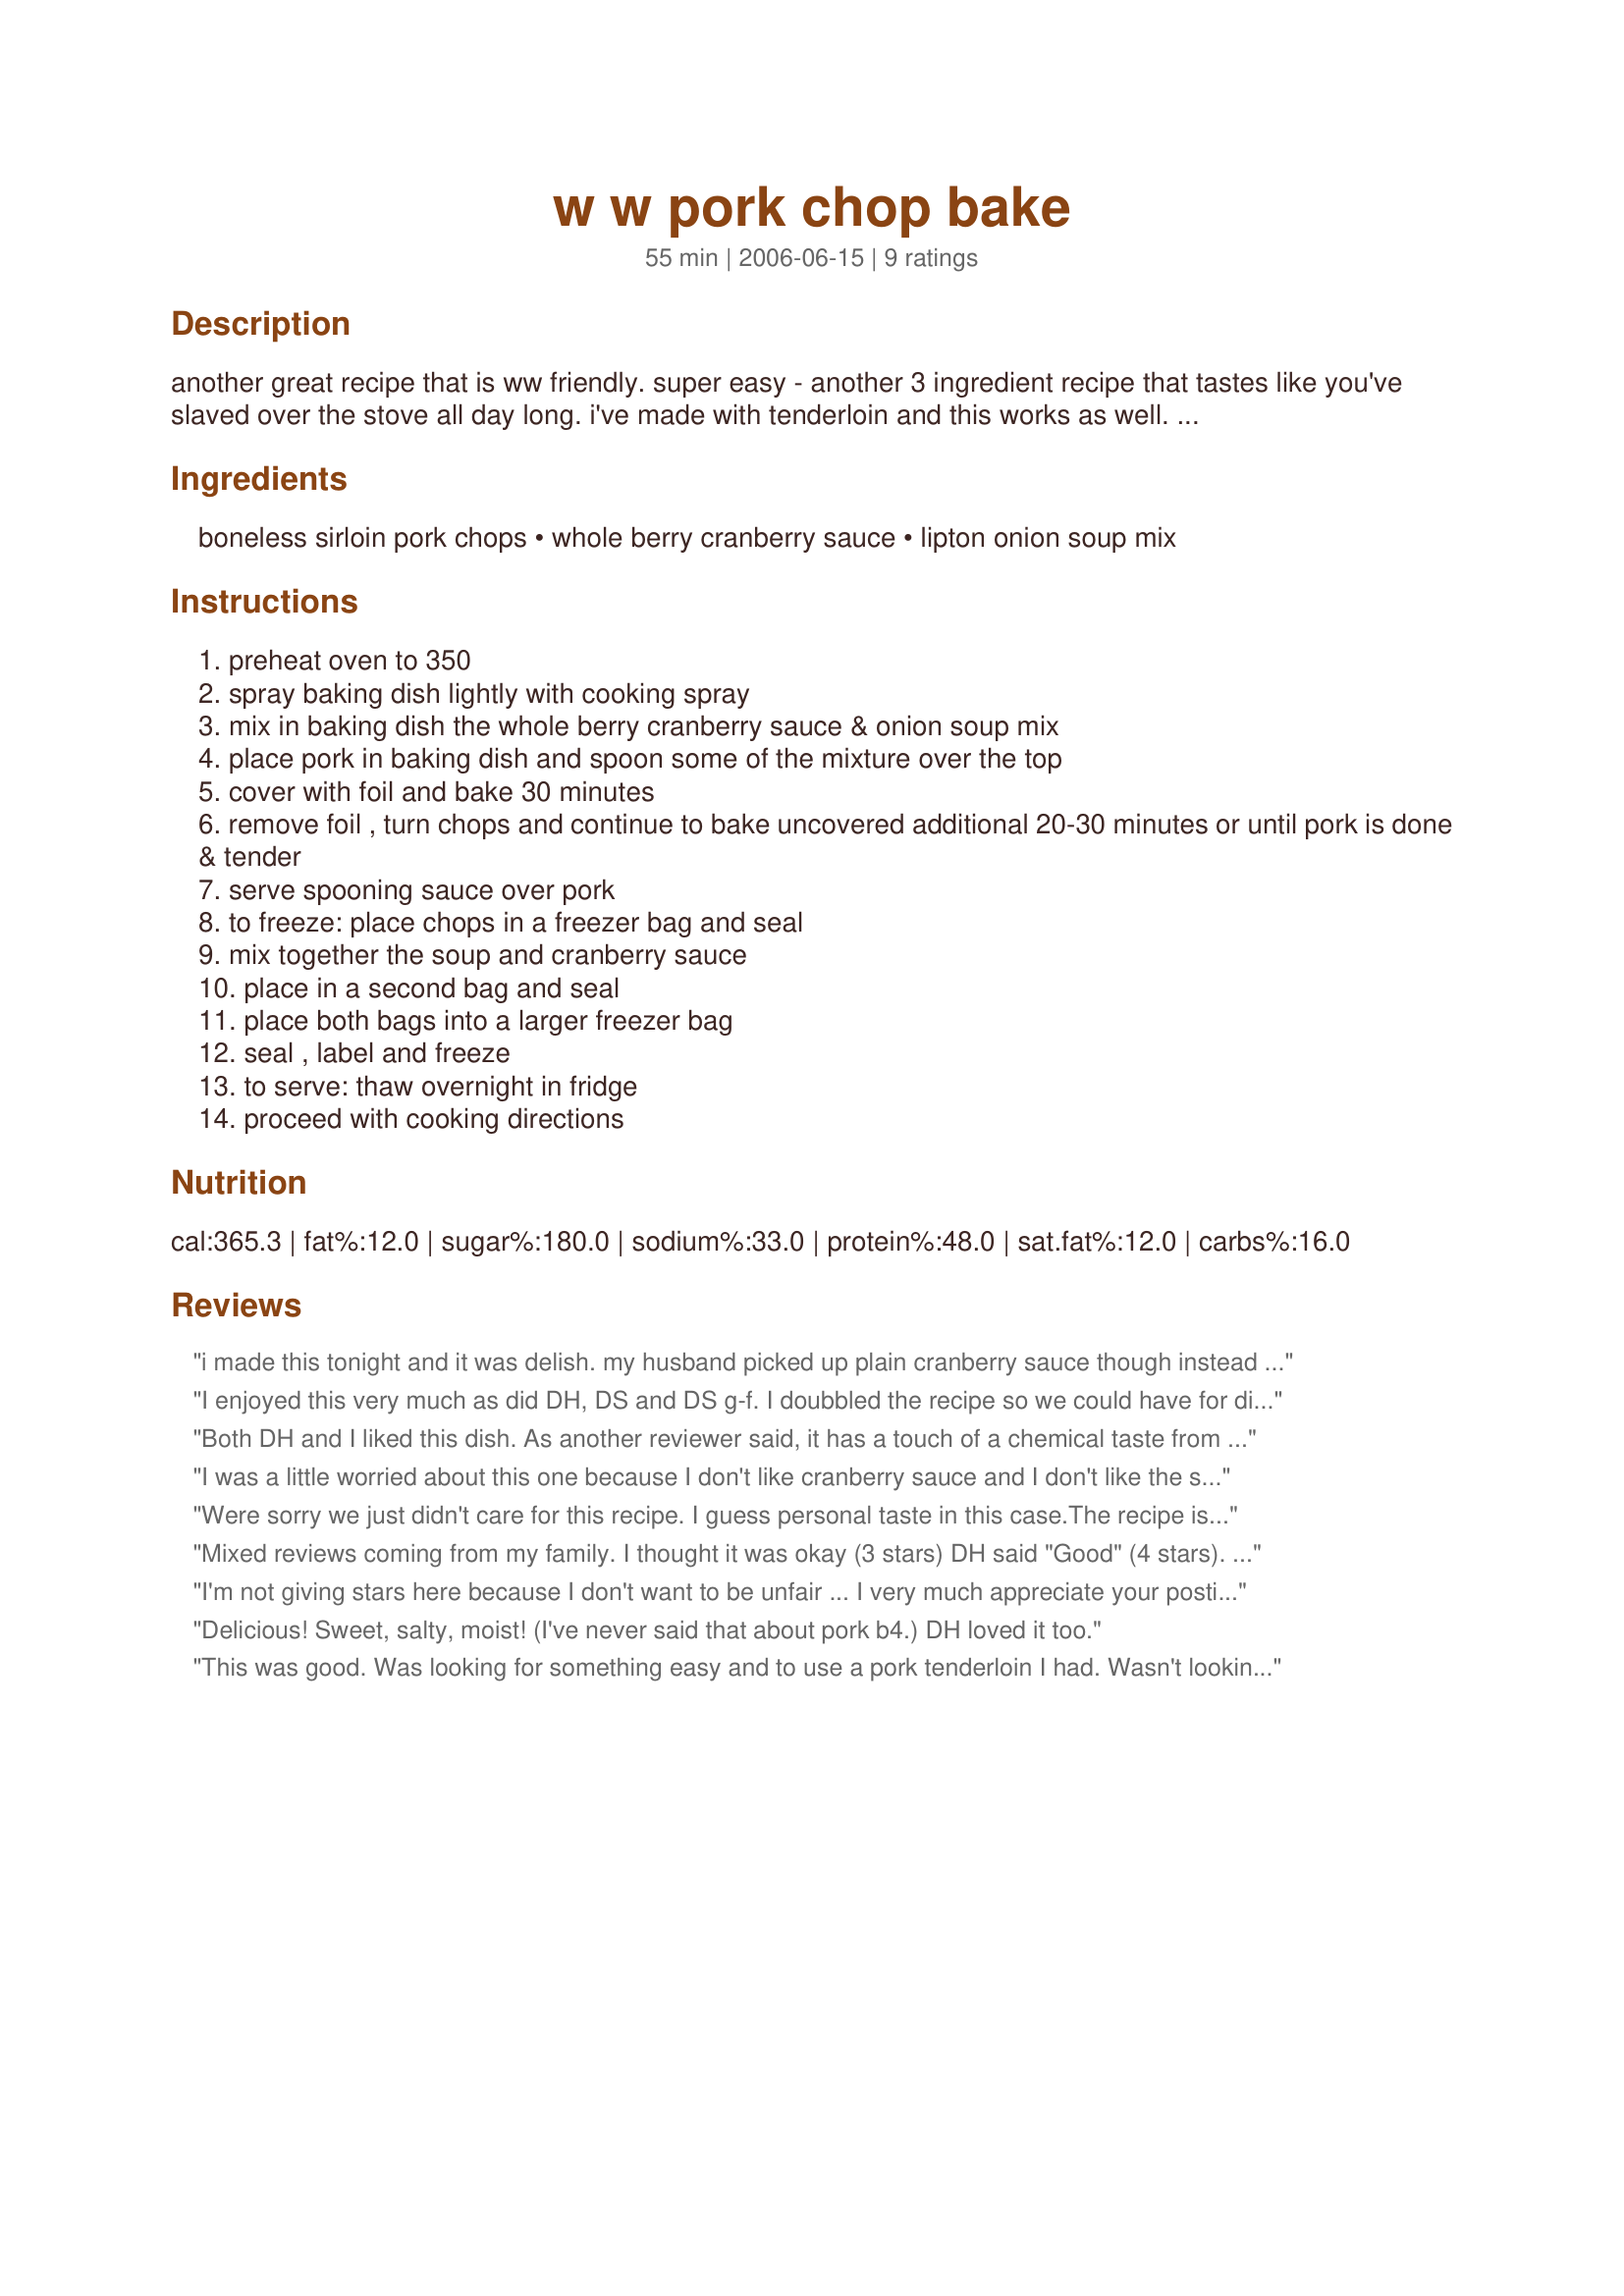
w w pork chop bake
Preparation time: 55 minutes

another great recipe that is ww friendly. super easy - another 3 ingredient recipe that tastes like you've slaved over the stove all day long. i've made with tenderloin and this works as well.

w w points - 6 per chop with 1/4 cup sauce

Ingredients:
boneless sirloin pork chops, whole berry cranberry sauce, lipton onion soup mix

Steps:
preheat oven to 350
spray baking dish lightly with cooking spray
mix in baking dish the whole berry cranberry sauce & onion soup mix
place pork in baking dish and spoon some of the mixture over the top
cover with foil and bake 30 minutes
remove foil , turn chops and continue to bake uncovered additional 20-30 minutes or until pork is done & tender
serve spooning sauce over pork
to freeze: place chops in a freezer bag and seal
mix together the soup and cranberry sauce
place in a second bag and seal
place both bags into a larger freezer bag
seal , label and freeze
to serve: thaw overnight in fridge
proceed with cooking directions

Reviews:
i made this tonight and it was delish. my husband picked up plain cranberry sauce though instead of the whole berry one but it turned into a really tastey gravy.
I enjoyed this very much as did DH, DS and DS g-f. I doubbled the recipe so we could have for dinner when I picked it and then reheated tonite for DH and I.

I thought this reheated fine in the microwave. I used that as it was a very long day for DH and i so reheating in the oven was out. Reheated 2 chops with sauce for 2 minute intervals (6 min total) turning over once and spoonign sauce over it. Came out great.

As for soup mix, I used a whole package, 2 cans cranberry sauce and 8 chops. Did not have the chemical taste described above.
Freeze It Tag 2007 choice.
Both DH and I liked this dish. As another reviewer said, it has a touch of a chemical taste from the soup mix. Next time I will try using only half of the envelope and see how that comes out. We did like the sweetness of the cranberry sauce and I like the ease of preparing. Thanks, CindiJ for posting.
I was a little worried about this one because I don't like cranberry sauce and I don't like the smell of onion soup mix! But I made it exactly as written and it was delicious and easy.
Were sorry we just didn't care for this recipe. I guess personal taste in this case.The recipe is super easy and quick that was a major selling point for us to try the recipe...oh well maybe next time....
Mixed reviews coming from my family. I thought it was okay (3 stars) DH said "Good" (4 stars). My 8 yo DD loved it (5 stars!) DD is picky so that goes along way with me :) Average was 4 stars, hence the rating. Since I'm the cook I'm not sure we'll be having it again. Poor DD!
I'm not giving stars here because I don't want to be unfair ... I very much appreciate your posting this recipe. My problem with it was the Lipton Onion Soup mix. I used to cook with it all the time and loved it. But I hadn't used it for a couple of years. I found that I don't much like the taste of it anymore -- too chemical-y! I think the basic recipe is very useful, and I'll do it again and try to substitute other ingredients for the onion soup mix (garlic, diced onion, some spices). Thanks for posting!
Delicious! Sweet, salty, moist! (I've never said that about pork b4.) DH loved it too.
This was good. Was looking for something easy and to use a pork tenderloin I had. Wasn't looking for a ww recipe.

Used a crockpot and 1 pork tenderloin so only used 1/2 of the cranberry sauce & onion soup mix. Cooked for about 4 hours on high.

Quartered some new potatoes and carrots on top to steam. Delicious. Was moist & tender.
